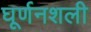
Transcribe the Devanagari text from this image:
घूर्णनशली